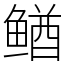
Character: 䲡